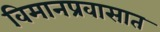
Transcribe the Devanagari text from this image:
विमानप्रवासात